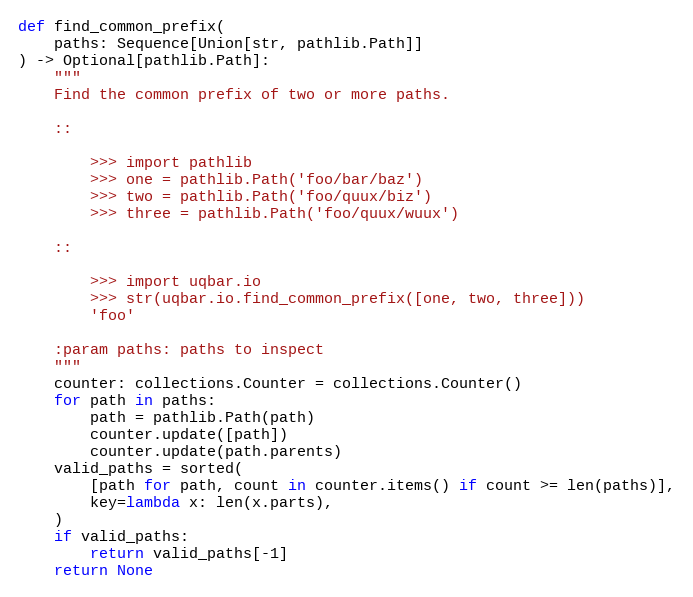
Language: Python
def find_common_prefix(
    paths: Sequence[Union[str, pathlib.Path]]
) -> Optional[pathlib.Path]:
    """
    Find the common prefix of two or more paths.

    ::

        >>> import pathlib
        >>> one = pathlib.Path('foo/bar/baz')
        >>> two = pathlib.Path('foo/quux/biz')
        >>> three = pathlib.Path('foo/quux/wuux')

    ::

        >>> import uqbar.io
        >>> str(uqbar.io.find_common_prefix([one, two, three]))
        'foo'

    :param paths: paths to inspect
    """
    counter: collections.Counter = collections.Counter()
    for path in paths:
        path = pathlib.Path(path)
        counter.update([path])
        counter.update(path.parents)
    valid_paths = sorted(
        [path for path, count in counter.items() if count >= len(paths)],
        key=lambda x: len(x.parts),
    )
    if valid_paths:
        return valid_paths[-1]
    return None